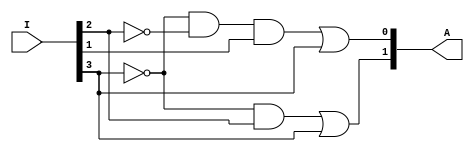
module p_en4to2 (input [3:0] I , output  [1:0] A );

assign A[1]=~I[3]&I[2] | I[3];
assign A[0]=~I[3]&~I[2]&I[1] | I[3];


endmodule

`timescale 1ps/1ps

module p_en4to2_tb;
reg [3:0] I ;
wire [1:0] A;

p_en4to2 hi(I,A);

initial  begin
    I=4'b0000;#10;
    I=4'b0001;#10;
    I=4'b0010;#10;
    I=4'b0011;#10;
    I=4'b0100;#10;
    I=4'b0101;#10;
    I=4'b0110;#10;
    I=4'b0111;#10;
    I=4'b1000;#10;
    I=4'b1001;#10;
    I=4'b1010;#10;
    I=4'b1011;#10;
    I=4'b1100;#10;
    I=4'b1101;#10;
    I=4'b1110;#10;
    I=4'b1111;#10;
end



initial  begin

    $monitor("%b -> %b\n",I,A);
end




endmodule